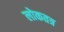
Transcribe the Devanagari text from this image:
लोकतत्र